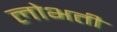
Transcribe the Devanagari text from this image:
लोभती